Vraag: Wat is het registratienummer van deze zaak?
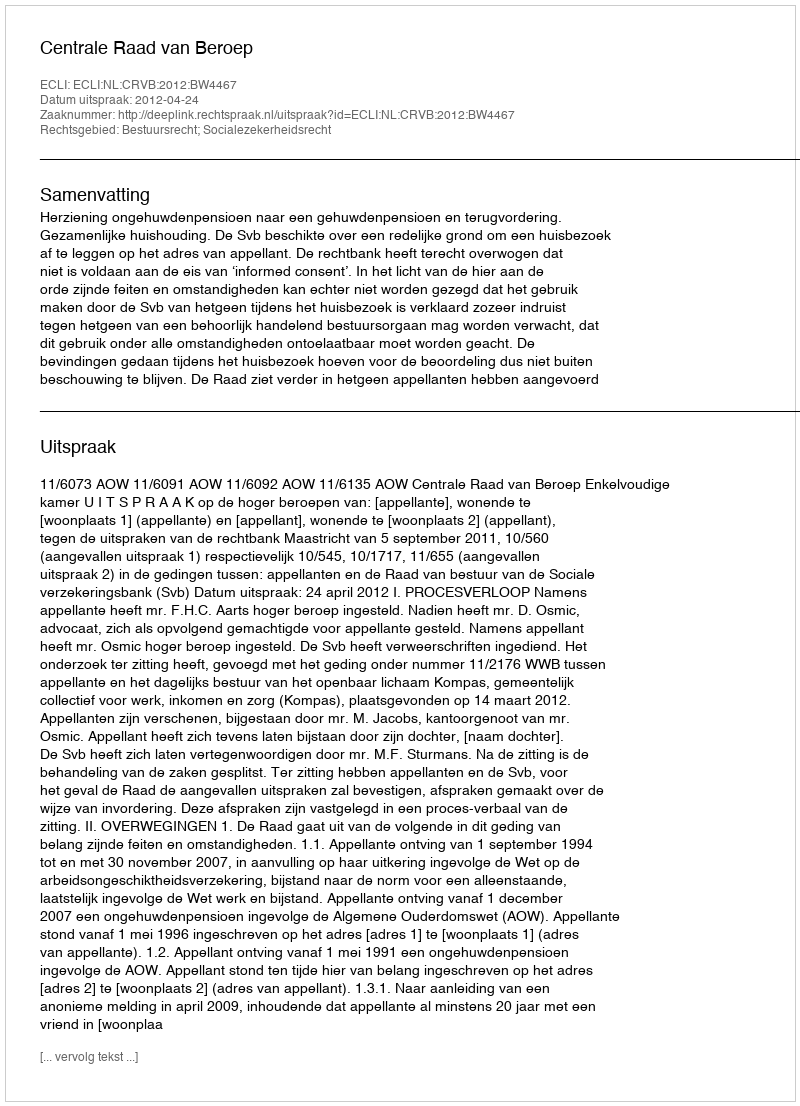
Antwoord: http://deeplink.rechtspraak.nl/uitspraak?id=ECLI:NL:CRVB:2012:BW4467